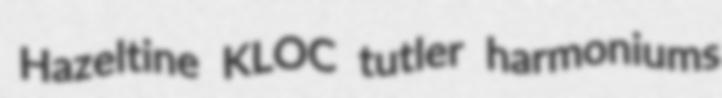
Hazeltine KLOC tutler harmoniums